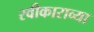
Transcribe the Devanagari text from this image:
स्वीकाराव्या